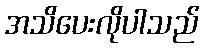
အသိပေးလိုပါသည်